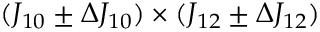
( J _ { 1 0 } \pm \Delta J _ { 1 0 } ) \times ( J _ { 1 2 } \pm \Delta J _ { 1 2 } )